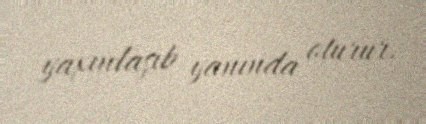
yaxınlaşıb yanında oturur.